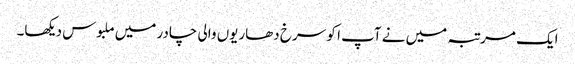
ایک مرتبہ میں نے آپ ا کو سرخ دھاریوں والی چادر میں ملبوس دیکھا۔